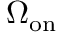
\Omega _ { \mathrm { o n } }